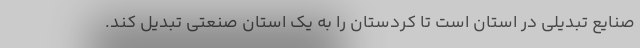
صنایع تبدیلی در استان است تا کردستان را به یک استان صنعتی تبدیل کند.